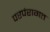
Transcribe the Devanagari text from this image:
परपंरागत